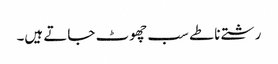
رشتے ناطے سب چھوٹ جاتے ہیں۔